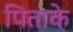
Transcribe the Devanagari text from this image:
पिताके